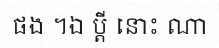
ផង ។ឯ ប្តី នោះ ណា